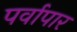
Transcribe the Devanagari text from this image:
पर्वापार